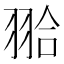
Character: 𦐬